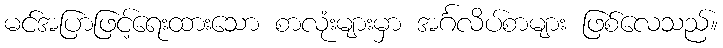
မင်အပြာဖြင့်ရေးထားသော စာလုံးများမှာ အင်္ဂလိပ်စာများ ဖြစ်လေသည်။